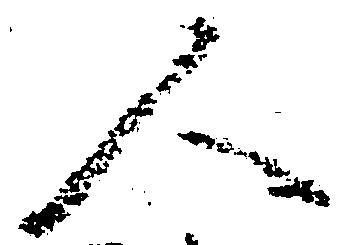
人